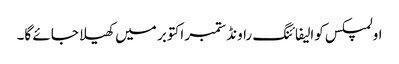
اولمپکس کوالیفائنگ راونڈ ستمبر اکتوبر میں کھیلا جائے گا۔